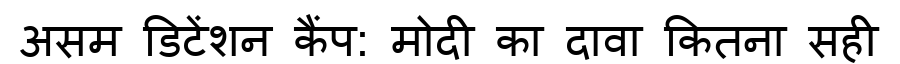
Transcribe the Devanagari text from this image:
असम डिटेंशन कैंप: मोदी का दावा कितना सही